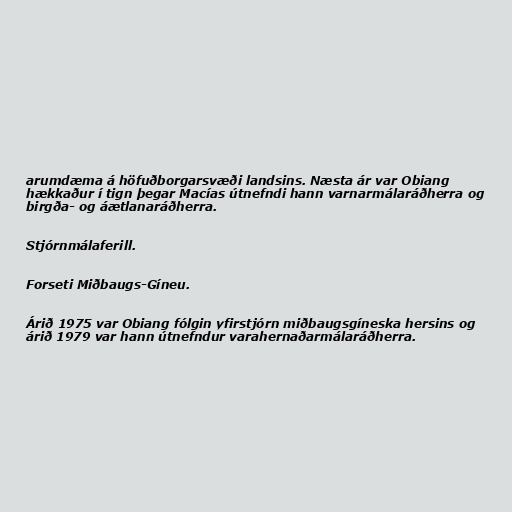
arumdæma á höfuðborgarsvæði landsins. Næsta ár var Obiang
hækkaður í tign þegar Macías útnefndi hann varnarmálaráðherra og
birgða- og áætlanaráðherra.

Stjórnmálaferill.

Forseti Miðbaugs-Gíneu.

Árið 1975 var Obiang fólgin yfirstjórn miðbaugsgíneska hersins og
árið 1979 var hann útnefndur varahernaðarmálaráðherra.